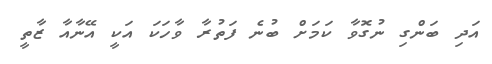
އަދި ބަންގި ނުގޮވާ ކަމަށް ބުނެ ފަތުރާ ވާހަކަ އަކީ އޭނާއާ ޒާތީ